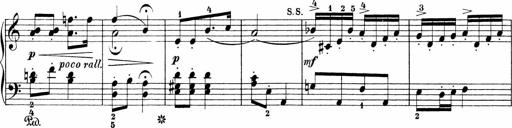
Title: Sonatinen Op.47, 98 und 136, nebst 6 Liedersonatinen
Composer: Carl Reinecke